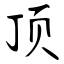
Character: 顶